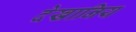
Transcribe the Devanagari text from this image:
देखानिय